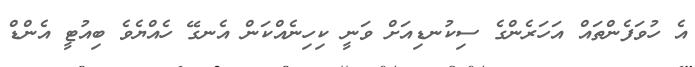
އެ ހުވަފެންތައް އަހަރެންގެ ސިކުނޑިއަށް ވަނީ ކިހިނެއްކަން އެނގޭ ހެއްޔެވެ ބިއުޓީ އެންޑް